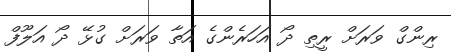
ރިންގް ވަރަށް ރީތި ދޯ އަހަރެންގެ އަތާ ވަރަށް ގުޅޭ ދޯ އަލޫފް